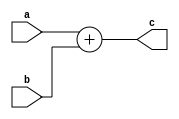
`timescale 1ns / 1ps
//////////////////////////////////////////////////////////////////////////////////
// Company: 
// 
// Design Name: 
// Module Name: adder
// Project Name: 
// Target Devices: 
// Tool Versions: 
// Description: 
// 
// Dependencies: 
// 
// Revision:
// Revision 0.01 - File Created
// Additional Comments:
// 
//////////////////////////////////////////////////////////////////////////////////

// 32 bit adder
module adder (
	input wire [31:0] a,
	input wire [31:0] b,
	output wire [31:0] c
	);
	
	assign c = a + b;
endmodule